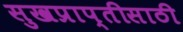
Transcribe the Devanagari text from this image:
सुखप्राप्तीसाठी